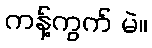
ကန့်ကွက် မဲ။